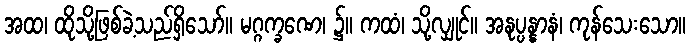
အထ၊ ထိုသို့ဖြစ်ခဲ့သည်ရှိသော်။ မဂ္ဂက္ခဏေ၊ ၌။ ကထံ၊ သို့လျှုင်။ အနုပ္ပန္နာနံ၊ ကုန်သေးသော။